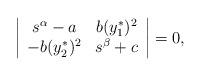
LaTeX: \begin{align*}\left|\begin{array}{cc} s^\alpha-a & b(y_1^*)^2 \\ -b(y_2^*)^2 & s^\beta+c \\\end{array}\right|=0,\end{align*}